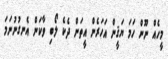
މީހެއް ނޫން ހަމަ ޔަޤީން އަހަރެން އީތަން ދެކެ ލޯބި ވާކަން އެނގުނުނަމަ